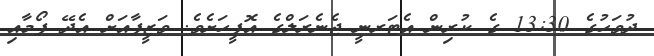
ދުވަހުގެ 13:30 ގެ ކުރިން އެޓަރނީ ޖެނެރަލްގެ އޮފީހަށެވެ. ވަޒީފާއަށް އެދޭ ފޯމާއި